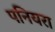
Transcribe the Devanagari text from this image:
पनियरा